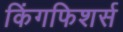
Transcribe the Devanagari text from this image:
किंगफिशर्स